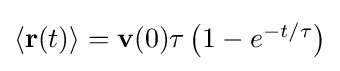
{\textstyle \langle \mathbf {r} (t)\rangle =\mathbf {v} (0)\tau \left(1-e^{-t/\tau }\right)}